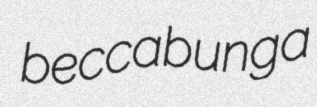
beccabunga